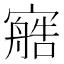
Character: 𰍟